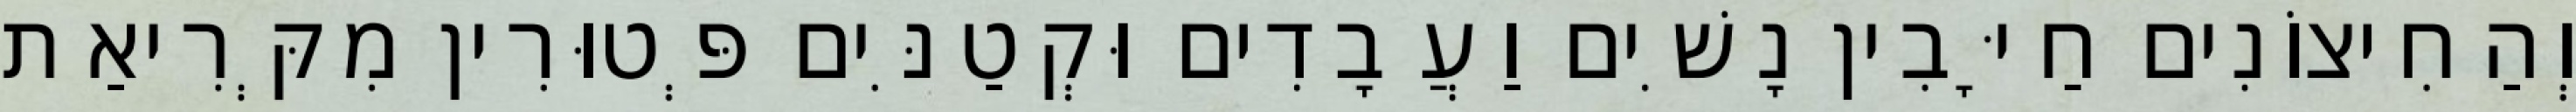
וְהַחִיצוֹנִים חַיָּבִין נָשִׁים וַעֲבָדִים וּקְטַנִּים פְּטוּרִין מִקְּרִיאַת